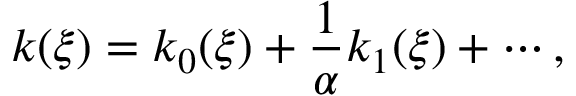
k ( \xi ) = k _ { 0 } ( \xi ) + \frac { 1 } { \alpha } k _ { 1 } ( \xi ) + \cdots ,